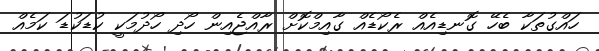
ހައްގުތަކާ ބެހޭ ގޮނޑިއެއް ރެކޯޑެއް ގާއިމްކޮށް ރާއްޖެއިން ހޯދި ހޯދުމަކީ ކުޑަކުޑަ ކަމެއް